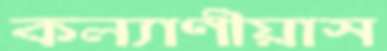
কল্যাণীয়াস